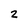
Character: 2